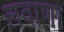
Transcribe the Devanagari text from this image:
लदाणा